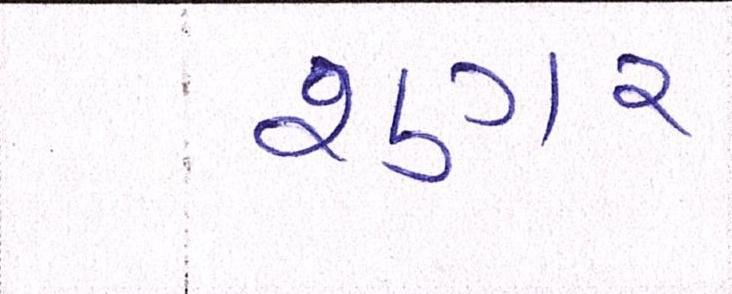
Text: શુગર